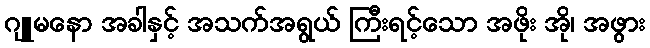
ဂျူမနော အခါနှင့် အသက်အရွယ် ကြီးရင့်သော အဖိုး အို၊ အဖွား